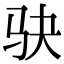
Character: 𫘝